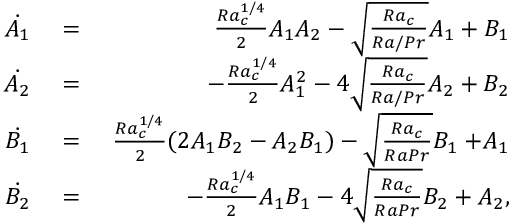
\begin{array} { r l r } { \! \! \! \! \! \! \dot { A _ { 1 } } } & { { } = } & { \ \frac { R a _ { c } ^ { 1 / 4 } } { 2 } A _ { 1 } A _ { 2 } - \sqrt { \frac { R a _ { c } } { R a / P r } } A _ { 1 } + B _ { 1 } } \\ { \! \! \! \! \! \! \dot { A _ { 2 } } } & { { } = } & { - \frac { R a _ { c } ^ { 1 / 4 } } { 2 } A _ { 1 } ^ { 2 } - 4 \sqrt { \frac { R a _ { c } } { R a / P r } } A _ { 2 } + B _ { 2 } } \\ { \! \! \! \! \! \! \dot { B _ { 1 } } } & { { } = } & { \ \frac { R a _ { c } ^ { 1 / 4 } } { 2 } ( 2 A _ { 1 } B _ { 2 } - A _ { 2 } B _ { 1 } ) - \sqrt { \frac { R a _ { c } } { R a P r } } B _ { 1 } + \! A _ { 1 } } \\ { \! \! \! \! \! \! \dot { B _ { 2 } } } & { { } = } & { - \frac { R a _ { c } ^ { 1 / 4 } } { 2 } A _ { 1 } B _ { 1 } - 4 \sqrt { \frac { R a _ { c } } { R a P r } } B _ { 2 } + A _ { 2 } , } \end{array}